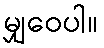
မျှဝေပါ။